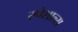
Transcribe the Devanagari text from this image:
स्पेशाल्स